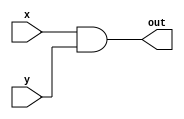
module portaAND ( x, y, out); // declarao do nome do mdulo AND
	input[7:0] x, y; 
	output [7:0] out;

	initial begin
		$display("Testando porta ...");
		$monitor(" x = %b  y = %b 	out = %b ", x, y, out );	
		end
	assign out = x & y;

endmodule